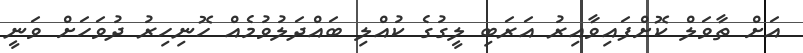
އަށް ތާވަލް ކޮށްފައިވާއިރު އަރަބި ލީގުގެ ކުއްލި ބައްދަލުވުމެއް ހޮނިހިރު ދުވަހަށް ވަނީ